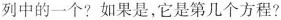
列中的一个？如果是，它是第几个方程？